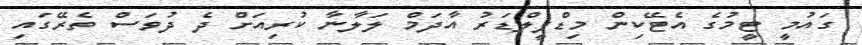
ގައުމީ ޓީމުގެ އެޓޭކިން މިޑްފީލްޑަރު އާދަމް ލަލާނާ ކުރިއަށް ދެ ދުވަސް ތެރޭގައި